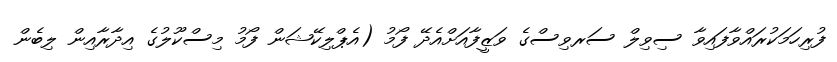
ފުރިހަމަކުރައްވާފައިވާ ސިވިލް ސަރވިސްގެ ވަޒީފާއަށްއެދޭ ފޯމު (އެޕްލިކޭޝަން ފޯމު މިސްކޫލުގެ އިދާރާއިން ލިބެން